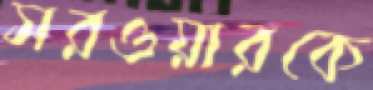
সরওয়ারকে